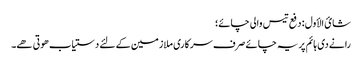
شائ الأول : دفع تیس والی چائے؛
رانے دی ہائم پر یہ چائے صرف سرکاری ملازمین کے لئے دستیاب ھوتی ھے۔